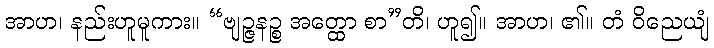
အာဟ၊ နည်းဟူမူကား။ “ဗျဉ္ဇနဉ္စ အတ္ထော စာ”တိ၊ ဟူ၍။ အာဟ၊ ၏။ တံ ဝိညေယျံ